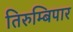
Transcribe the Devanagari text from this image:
तिरुम्बिपार